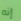
إنه